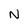
Character: N